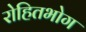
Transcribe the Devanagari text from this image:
रोहितभोग